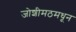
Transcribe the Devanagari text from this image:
जोशीमठमधून